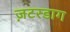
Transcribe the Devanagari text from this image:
ज़टरडाग